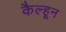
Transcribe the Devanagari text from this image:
कैल्हून